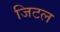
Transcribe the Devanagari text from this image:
जिटल